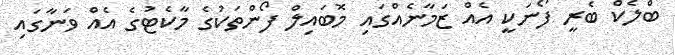
ބްލެކް ބެރީ ފޯނަކީ އެއް ޒަމާނެއްގައި މޮބައިލް ފޯންތަކުގެ މާކެޓުގެ އެއް ވަނާގައި